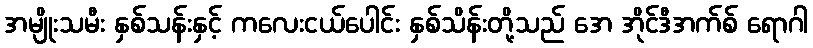
အမျိုးသမီး နှစ်သန်းနှင့် ကလေးငယ်ပေါင်း နှစ်သိန်းတို့သည် အေ အိုင်ဒီအက်စ် ရောဂါ